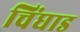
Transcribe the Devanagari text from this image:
चिंघाड